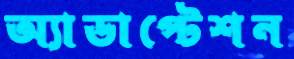
অ্যাডাপ্টেশন